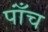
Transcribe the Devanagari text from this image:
पाँंच